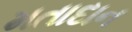
મતાદાન